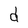
Character: d